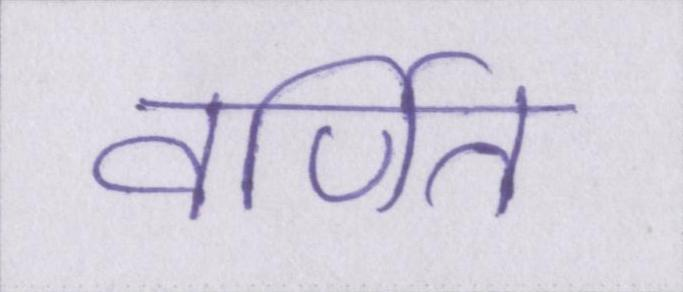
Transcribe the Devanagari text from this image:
वर्णित